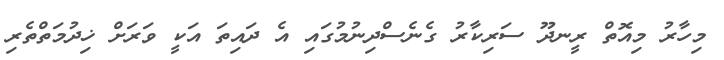
މިހާރު މިއޮތް ރީނދޫ ސަރިކާރު ގެނެސްދިނުމުގައި އެ ދައިތަ އަކީ ވަރަށް ޚިދުމަތްތެރި